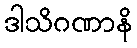
ဒါသိဂဏာနိ